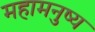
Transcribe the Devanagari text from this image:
महामनुष्य